Leprosy in India: report of the Leprosy Commission in India, 1890-91
Year: 1890
Disease focus: Leprosy
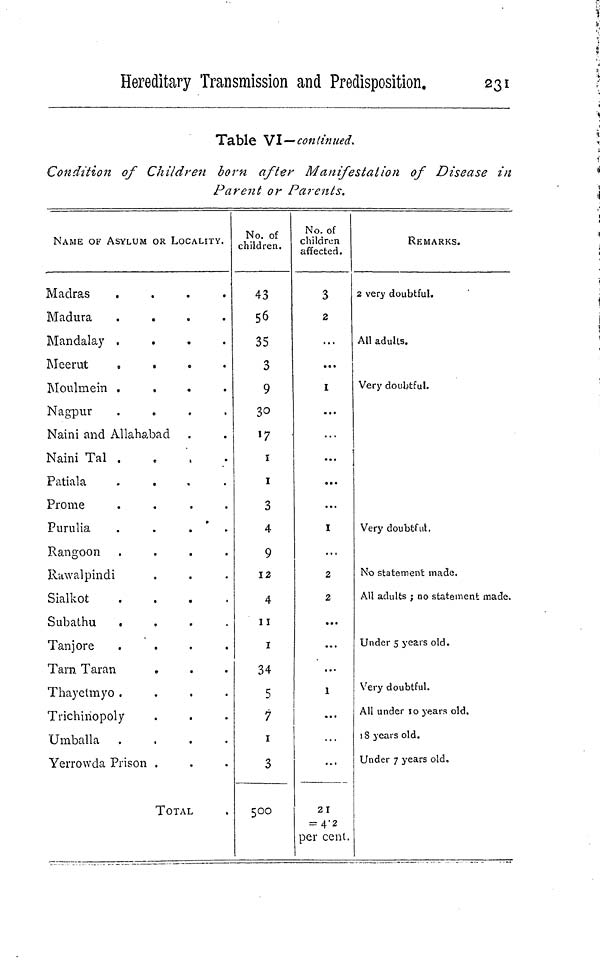
Hereditary Transmission and Predisposition.
231
Table VI—continued.
Condition of Children born after Manifestation of Disease in
Parent or Parents.
NAME OF ASYLUM OR LOCALITY.
Madras
....
Madura
.
Mandalay
....
Meerut
....
Moulmein
....
Nagpur
....
Naini and Allahabad
Naini Tal .
Patiala
....
Prome
....
Purulia
.
.
.
,
Rangoon
....
Rawalpindi
Sialkot
....
Subathu
....
Tanjore
....
Tarn Taran
Thayetmyo
....
Trichiriopoly
Umballa
....
Yerrowda Prison .
TOTAL
No. of
children.
43
56
35
3
9
30
17
1
1
3
4
9
12
4
11
I
34
5
7
1
3
500
No. of
children
affected.
3
2
...
1
...
...
...
...
1
...
2
2
...
...
...
1
...
21
= 4.2
per cent.
REMARKS.
2 very doubtful.
All adults.
Very doubtful.
Very doubtful.
No statement made.
All adults ; no statement made.
Under 5 years old.
Very doubtful.
All under so years old.
18 years old.
Under 7 years old.